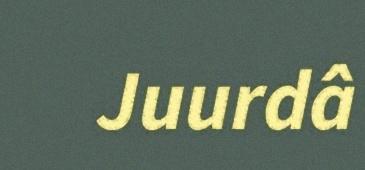
Juurdâ